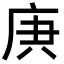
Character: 𢈏